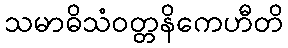
သမာဓိသံဝတ္တနိကေဟီတိ